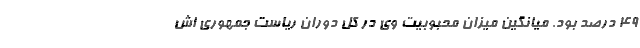
49 درصد بود. میانگین میزان محبوبیت وی در کل دوران ریاست جمهوری اش